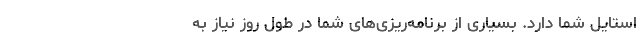
استایل شما دارد. بسیاری از برنامه‌ریزی‌های شما در طول روز نیاز به